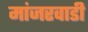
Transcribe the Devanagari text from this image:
मांजरवाडी